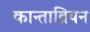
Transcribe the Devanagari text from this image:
कान्ताब्रियन